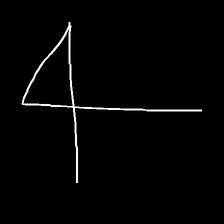
Glyph: collection